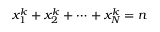
x _ { 1 } ^ { k } + x _ { 2 } ^ { k } + \cdots + x _ { N } ^ { k } = n